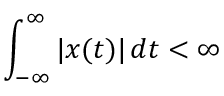
\int _ { - \infty } ^ { \infty } | x ( t ) | \, d t < \infty